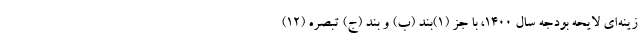
زینه‌ای لایحه بودجه سال 1400، با جز (1)بند (ب) و بند (ج) تبصره (12)